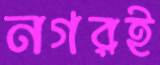
নগরই